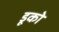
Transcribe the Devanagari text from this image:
डूको